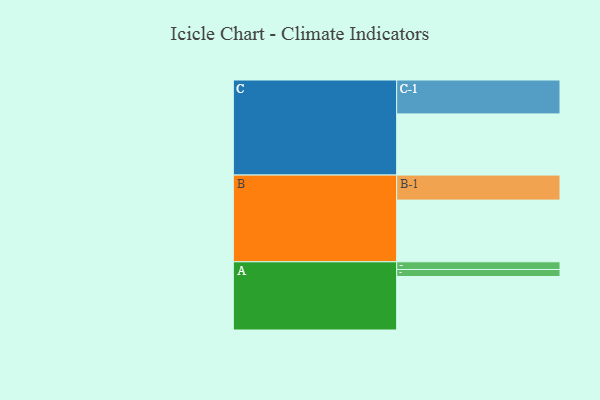
{"axis": {"x": "Segment", "y": "Value"}, "legend": ["", "A", "B", "C"], "data": [{"x": "A", "y": 404, "type": ""}, {"x": "B", "y": 466, "type": ""}, {"x": "C", "y": 462, "type": ""}, {"x": "A-1", "y": 53, "type": "A"}, {"x": "A-2", "y": 58, "type": "A"}, {"x": "B-1", "y": 189, "type": "B"}, {"x": "C-1", "y": 256, "type": "C"}]}